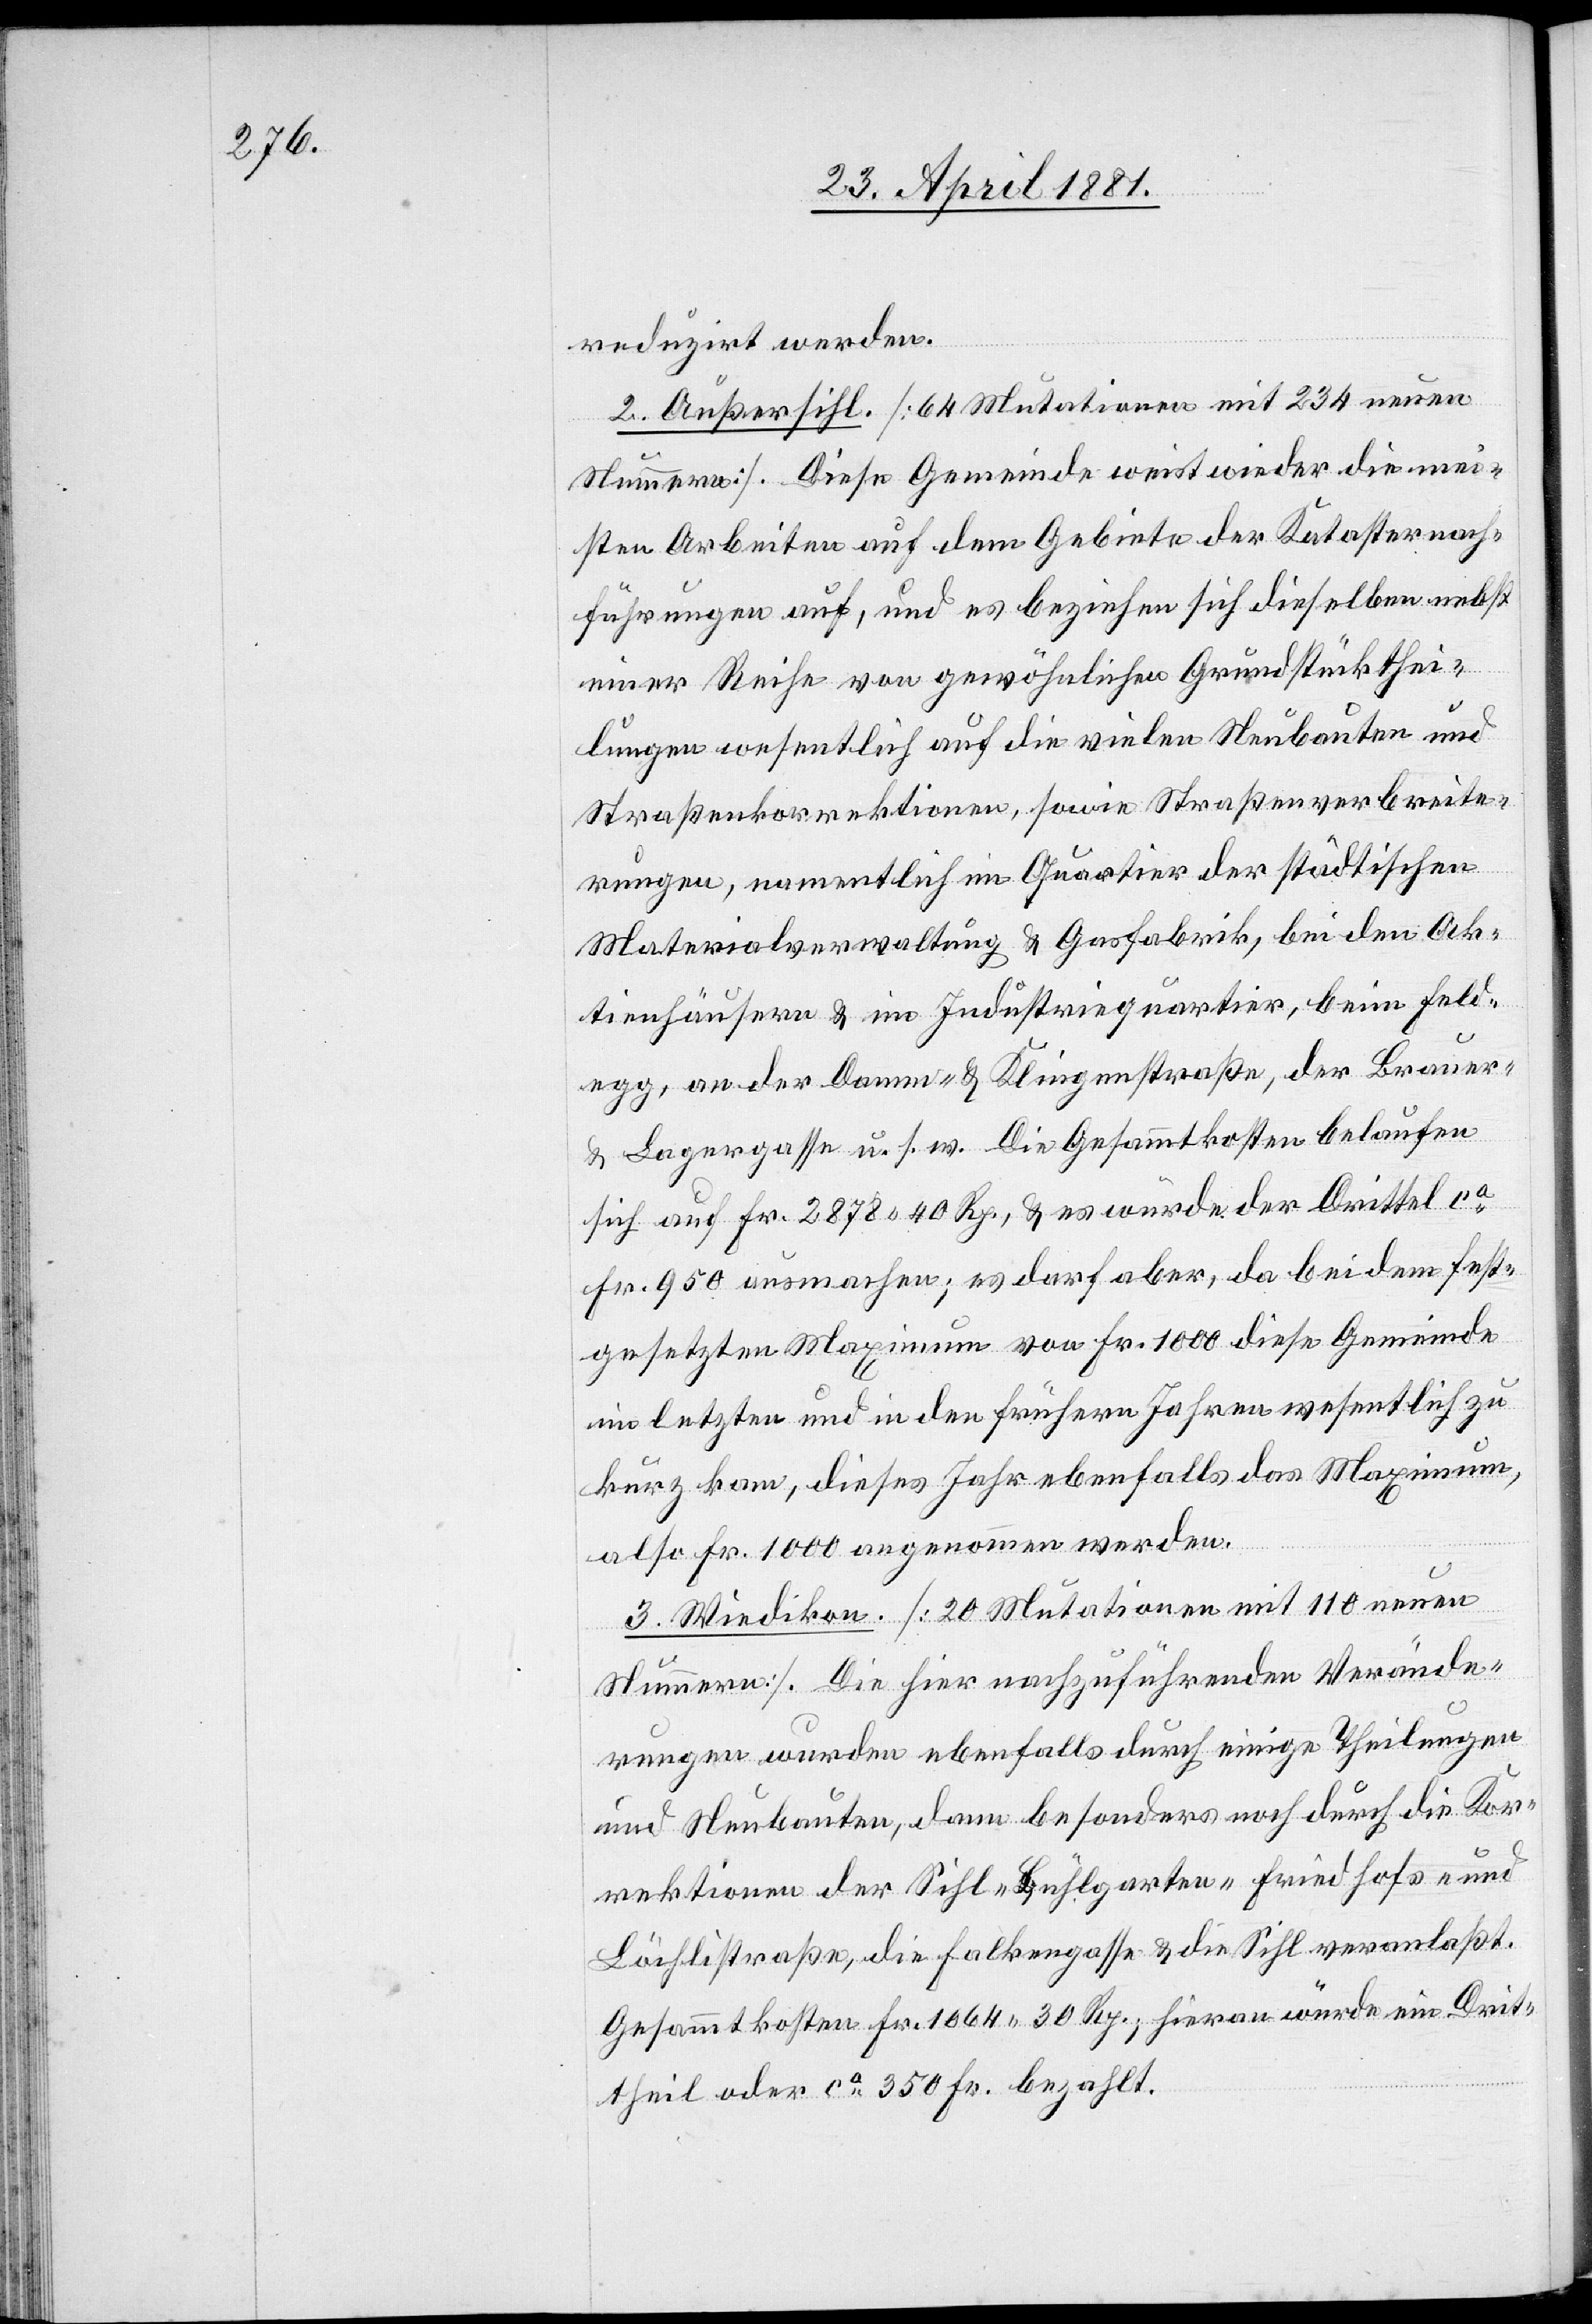
reduzirt werden.
2. Außersihl. [64 Mutationen mit 234 neuen
Nummern]. Diese Gemeinde weist wieder die mei¬
sten Arbeiten auf dem Gebiete der Katasternach¬
führungen auf, und es beziehen sich dieselben nebst
einer Reihe von gewöhnlichen Grundstückthei¬
lungen wesentlich auf die vielen Neubauten und
Straßenkorrektionen, sowie Straßenverbreite¬
rungen, namentlich im Quartier der städtischen
Materialverwaltung & Gasfabrik, bei den Ak¬
tienhäusern & im Industriequartier, beim Feld¬
egg, an der Damm- & Klingenstraße, der Brauer-
& Lagergasse u. s. w.. Die Gesammtkosten belaufen
sich auf Fr. 2878 40 Rp., & es würde der Drittel ca
Fr. 950 ausmachen; es darf aber, da bei dem fest¬
gesetzten Maximum von Fr. 1000 diese Gemeinde
im letzten und in den frühern Jahren wesentlich zu
kurz kam, dieses Jahr ebenfalls das Maximum,
also Fr. 1000 angenommen werden.
3. Wiedikon. [20 Mutationen mit 110 neuen
Nummern]. Die hier nachzuführenden Verände¬
rungen wurden ebenfalls durch einige Theilungen
und Neubauten, dann besonders noch durch die Kor¬
rektionen der Sihl- Bühlgarten- Friedhofs- und
Löchlistraße, die Falkengasse & die Sihl veranlaßt.
Gesammtkosten Fr. 1064 30 Rp., hievon würde ein Drit¬
theil oder ca 350 Fr. bezahlt.